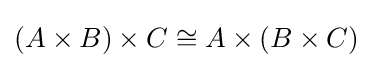
(A\times B)\times C\cong A\times (B\times C)